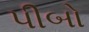
પીબો